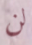
لن